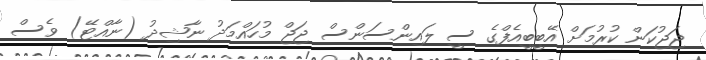
ޖަޖުކަން ކުރުމަށް އޭބީބީއެފްގެ ސީ ލައިންސަންސް ޖަޖް މުހައްމަދު ނާޝިދު (ނާއްޓޭ) ވެސް